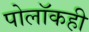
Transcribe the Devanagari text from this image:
पोलॉकही